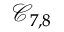
\mathcal { C } _ { 7 , 8 }